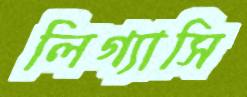
লিগ্যাসি